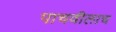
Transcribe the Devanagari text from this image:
पाचवीलाच